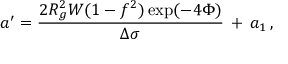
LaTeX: a ^ { \prime } = \frac { 2 R _ { g } ^ { 2 } W ( 1 - f ^ { 2 } ) \exp ( - 4 \Phi ) } { \Delta \sigma } \, + \, a _ { 1 } \, ,